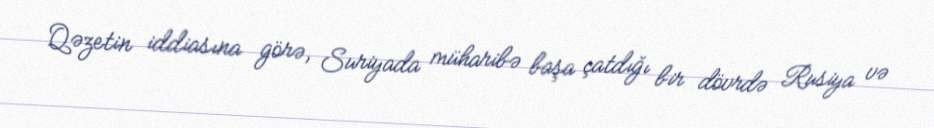
Qəzetin iddiasına görə, Suriyada müharibə başa çatdığı bir dövrdə Rusiya və